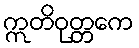
ဣတိဝုတ္တကေ